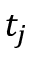
t _ { j }